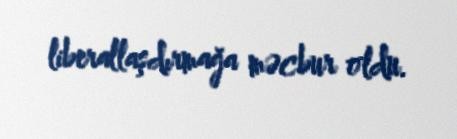
liberallaşdırmağa məcbur oldu.